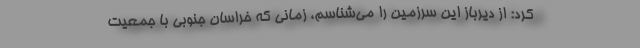
کرد: از دیرباز این سرزمین را می‌شناسم، زمانی که خراسان جنوبی با جمعیت